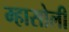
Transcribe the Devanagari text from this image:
म्हासोली